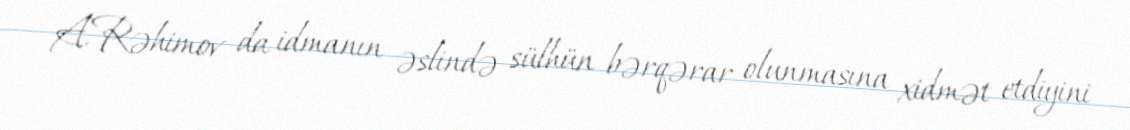
A.Rəhimov da idmanın əslində sülhün bərqərar olunmasına xidmət etdiyini